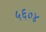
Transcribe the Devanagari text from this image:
५६०४